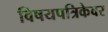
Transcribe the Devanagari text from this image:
विषयपत्रिकेवर